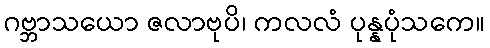
ဂဗ္ဘာသယော ဇလာဗုပိ၊ ကလလံ ပုန္နပုံသကေ။